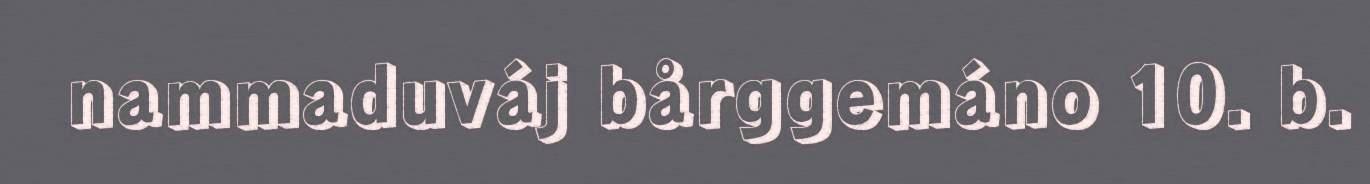
nammaduváj bårggemáno 10. b.